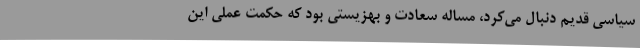
سیاسی قدیم دنبال می‌کرد، مساله سعادت و بهزیستی بود که حکمت عملی این